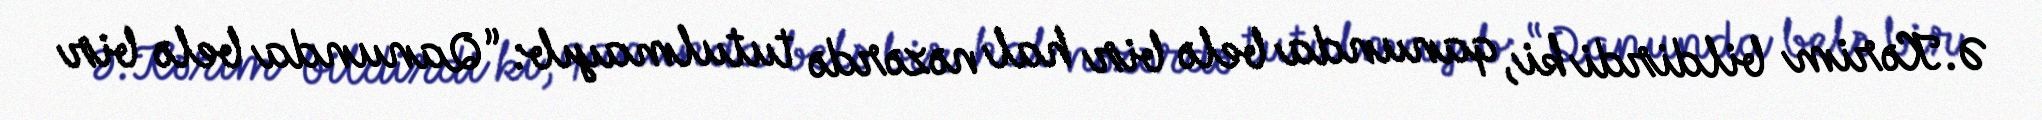
Ə.Kərim bildirdi ki, qanunda belə bir hal nəzərdə tutulmayıb: “Qanunda belə bir